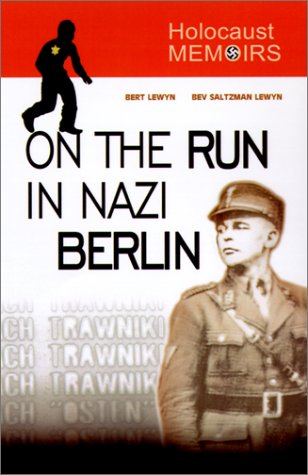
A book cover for Holocaust Memoirs; Bert Lewyn Lewyn; Biographies & Memoirs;